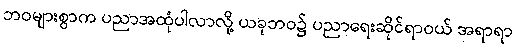
ဘဝများစွာက ပညာအထုံပါလာလို့ ယခုဘဝ၌ ပညာရေးဆိုင်ရာဝယ် အရာရာ